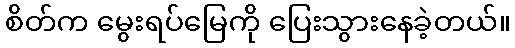
စိတ်က မွေးရပ်မြေကို ပြေးသွားနေခဲ့တယ်။